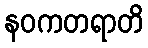
နဝကတရာတိ